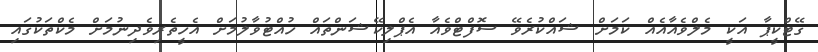
ގޭޓްކީޕާ އަކީ މެލްވެއާއެއް ކަމަށް ޝައްކުރެވޭ ސޮފްޓްވެއާ އެޕްލިކޭޝަންތައް ހުއްޓުވާލުމަށް އެހީތެރިވެދިނުމަށް މެކްތަކުގައި